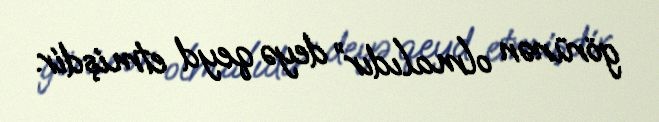
görünən olmalıdır” deyə qeyd etmişdir.